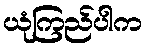
ယုံကြည်ပါက